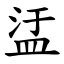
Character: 盓